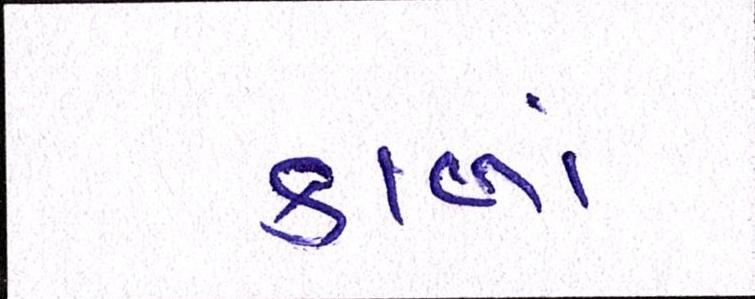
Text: કાળાં